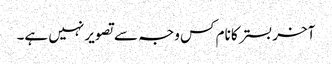
آخر بستر کا نام کس وجہ سے تصویر نہیں ہے۔